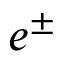
e ^ { \pm }